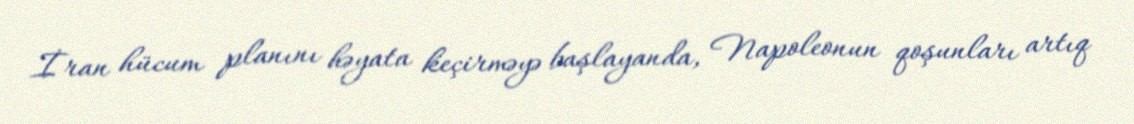
İran hücum planını həyata keçirməyə başlayanda, Napoleonun qoşunları artıq